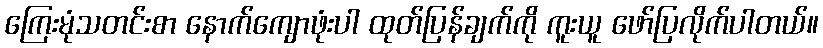
ကြေးမုံသတင်းစာ နောက်ကျောဖုံးပါ ထုတ်ပြန်ချက်ကို ကူးယူ ဖော်ပြလိုက်ပါတယ်။